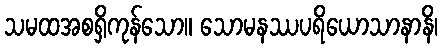
သမထအစရှိကုန်သော။ သောမနဿပရိယောသာနာနိ၊